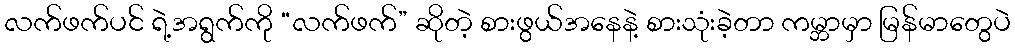
လက်ဖက်ပင် ရဲ့အရွက်ကို “လက်ဖက်” ဆိုတဲ့ စားဖွယ်အနေနဲ့ စားသုံးခဲ့တာ ကမ္ဘာမှာ မြန်မာတွေပဲ